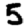
Digit: 5